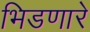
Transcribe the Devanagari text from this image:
भिडणारे